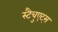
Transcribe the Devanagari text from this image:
स्टैचुएट्स